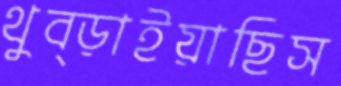
থুব্‌ড়াইয়াছিস